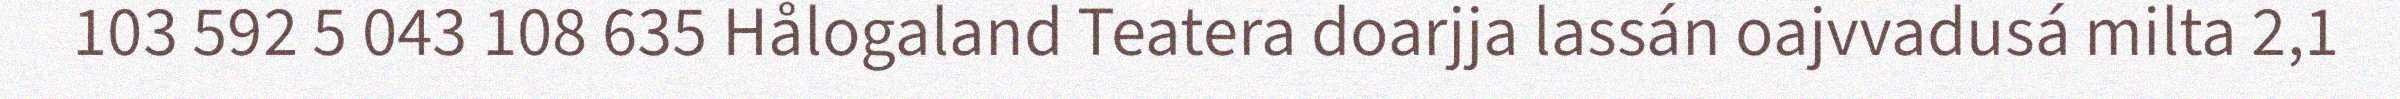
103 592 5 043 108 635 Hålogaland Teatera doarjja lassán oajvvadusá milta 2,1